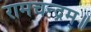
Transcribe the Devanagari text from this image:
रामचन्द्रम्॥